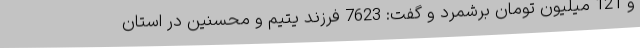
و 121 میلیون تومان برشمرد و گفت: 7623 فرزند یتیم و محسنین در استان